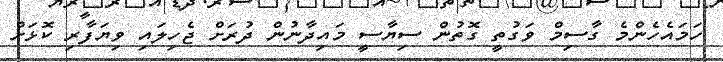
ހަމައެހެންމެ ގާސިމް ވަގުތީ ގޮތުން ސިޔާސީ މައިދާނުން ދުރަށް ޖެހިލައި ވިޔަފާރި ކޮޅަށް